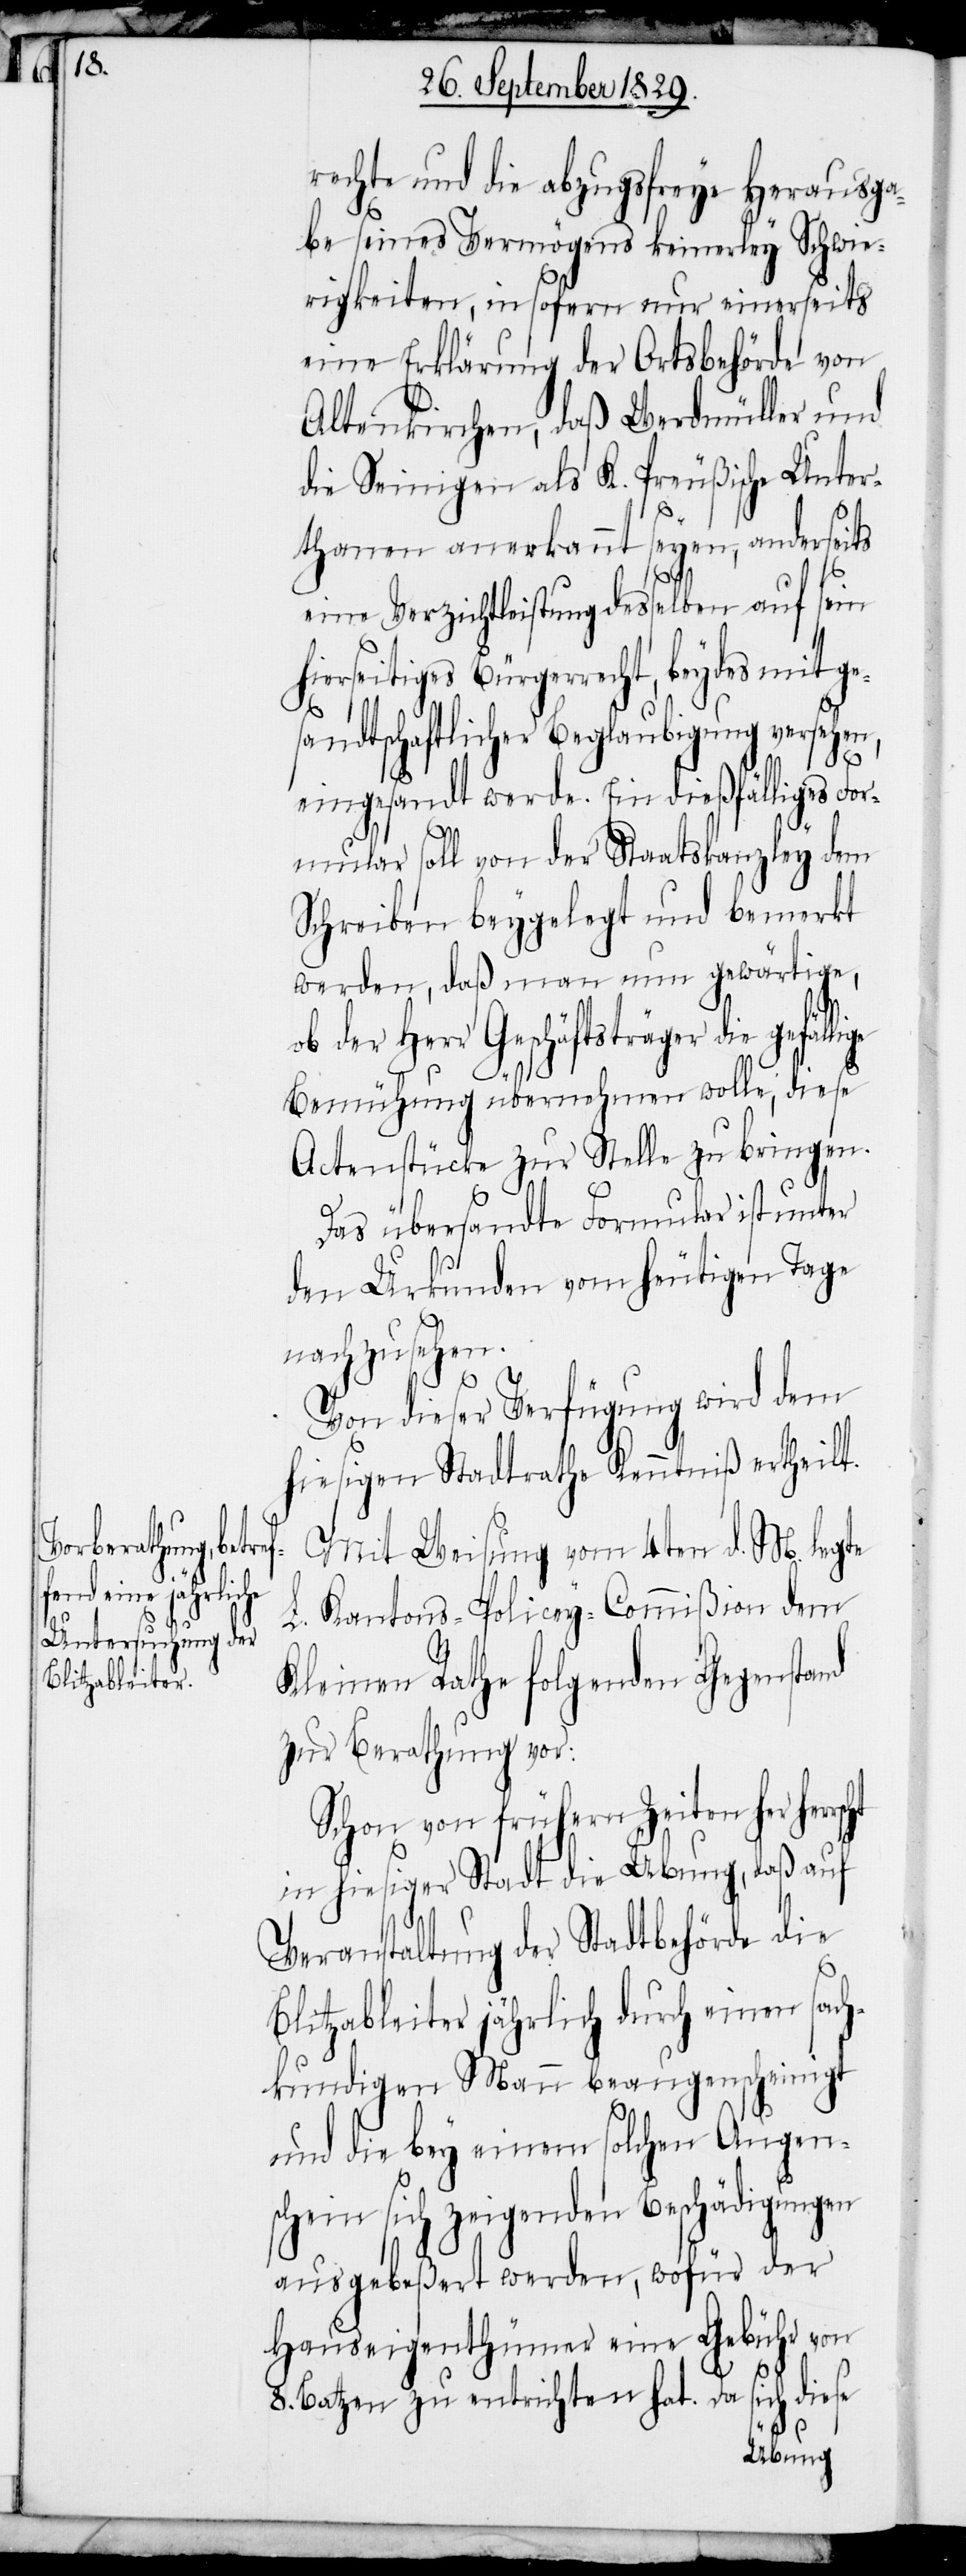
rechte und die abzugsfreye Herausga¬
be seines Vermögens keinerley Schwie¬
rigkeiten, in sofern nur einerseits
eine Erklärung der Ortsbehörde von
Altenkirchen, daß Werdmüller und
die Seinigen als K. Preußische Unter¬
scht
thanen anerkannt seyen, anderseits
eine Verzichtleistung desselben auf sein
hierseitiges Bürgerrecht, beydes mit ge¬
sandtschaftlicher Beglaubigung versehen,
eingesandt werde. Ein dießfälliges For¬
mular soll von der Staatskanzley dem
Schreiben beygelegt und bemerkt
werden, daß man nun gewärtige,
ob der Herr Geschäftsträger die
Bemühung übernehmen wolle, diese
Actenstücke zur Stelle zu bringen.
Das übersandte Formular ist unter
den Urkunden vom heutigen Tage
nachzusehen.
Von dieser Verfügung wird dem
hiesigen Stadtrathe Kenntniß ertheilt.
Mit Weisung vom 4ten d. M. legte
L. Kantons-Policey-Commißion dem
Kleinen Rathe folgenden Gegenstand
zur Berathung vor:
Schon von frühern Zeiten her herr¬
in hiesiger Stadt die Übung, daß auf
Veranstaltung der Stadtbehörde die
Blitzableiter jährlich durch einen sach¬
kundigen Mann beaugenscheinigt
und die bey einem solchen Augen¬
schein sich zeigenden Beschädigungen
ausgebeßert werden, wofür der
Hauseigenthümer eine Gebühr von
8. Batzen zu entrichten hat. Da sich diese